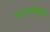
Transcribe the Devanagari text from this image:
पाटलांपैकी